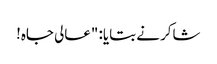
شاکر نے بتایا: "عالی جاہ!